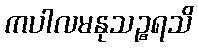
ကပါလမနုသဉ္စရသိ